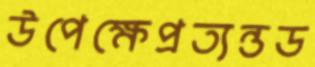
উপেক্ষেপ্রত্যন্তড